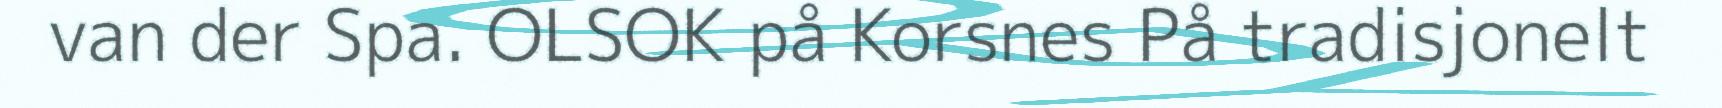
van der Spa. OLSOK på Korsnes På tradisjonelt